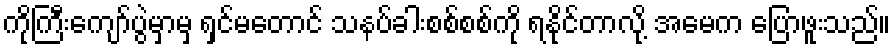
ကိုကြီးကျော်ပွဲမှာမှ ရှင်မတောင် သနပ်ခါးစစ်စစ်ကို ရနိုင်တာလို့ အမေက ပြောဖူးသည်။